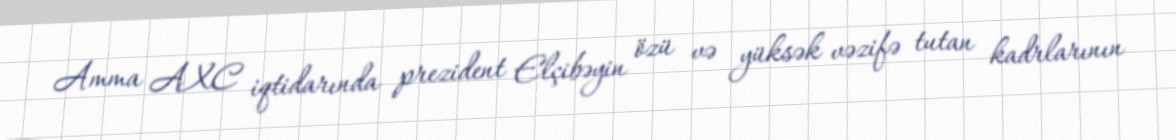
Amma AXC iqtidarında prezident Elçibəyin özü və yüksək vəzifə tutan kadrlarının